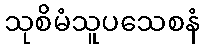
သုစိမံသူပသေစနံ